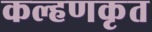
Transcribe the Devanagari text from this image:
कल्हणकृत